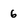
Character: 6